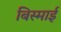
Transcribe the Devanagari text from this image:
बिस्माई